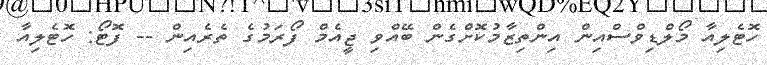
ހޮޓެލިއާ މޯލްޑިވްސްއިން އިންތިޒާމުކޮށްގެން ބޭއްވި ޖީއެމް ފޯރަމުގެ ތެރެއިން -- ފޮޓޯ: ހޮޓެލިއާ